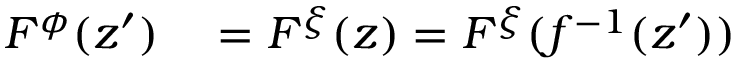
\begin{array} { r l } { F ^ { \phi } ( z ^ { \prime } ) } & { { } = F ^ { \xi } ( z ) = F ^ { \xi } ( f ^ { - 1 } ( z ^ { \prime } ) ) } \end{array}